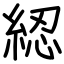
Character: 綛